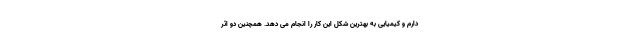
دارم و کیمیایی به بهترین شکل این کار را انجام می دهد. همچنین دو اثر